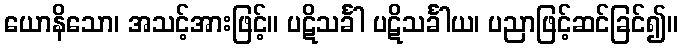
ယောနိသော၊ အသင့်အားဖြင့်။ ပဋိသင်္ခါ ပဋိသင်္ခါယ၊ ပညာဖြင့်ဆင်ခြင်၍။